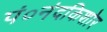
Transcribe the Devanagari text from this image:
पं०नंदकिशोर